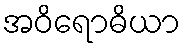
အဝိရောဓိယာ